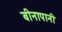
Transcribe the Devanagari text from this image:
बीनापानी